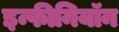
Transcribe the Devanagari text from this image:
इन्फीनियॉन